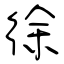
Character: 徐